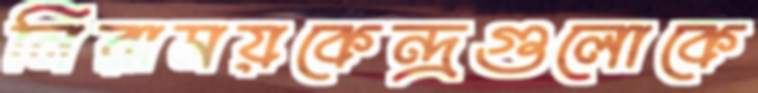
নিরাময়কেন্দ্রগুলোকে